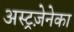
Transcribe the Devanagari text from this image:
अस्ट्रज़ेनेका